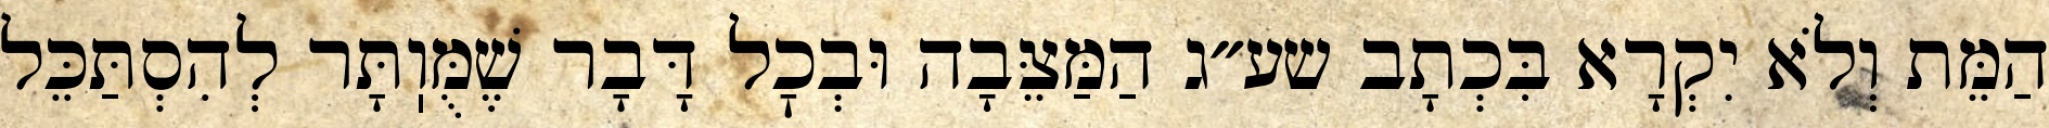
הַמֵּת וְלֹא יִקְרָא בִּכְתָב שע״ג הַמַּצֵּבָה וּבְכׇל דָּבָר שֶׁמֻּוֽתָּר לְהִסְתַּכֵּל